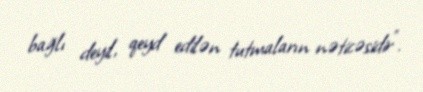
bağlı deyil, qeyd edilən tutmaların nəticəsidir”.